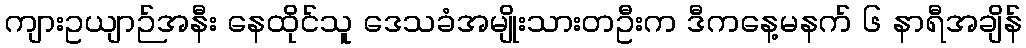
ကျားဥယျာဉ်အနီး နေထိုင်သူ ဒေသခံအမျိုးသားတဦးက ဒီကနေ့မနက် ၆ နာရီအချိန်